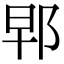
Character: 𨚰